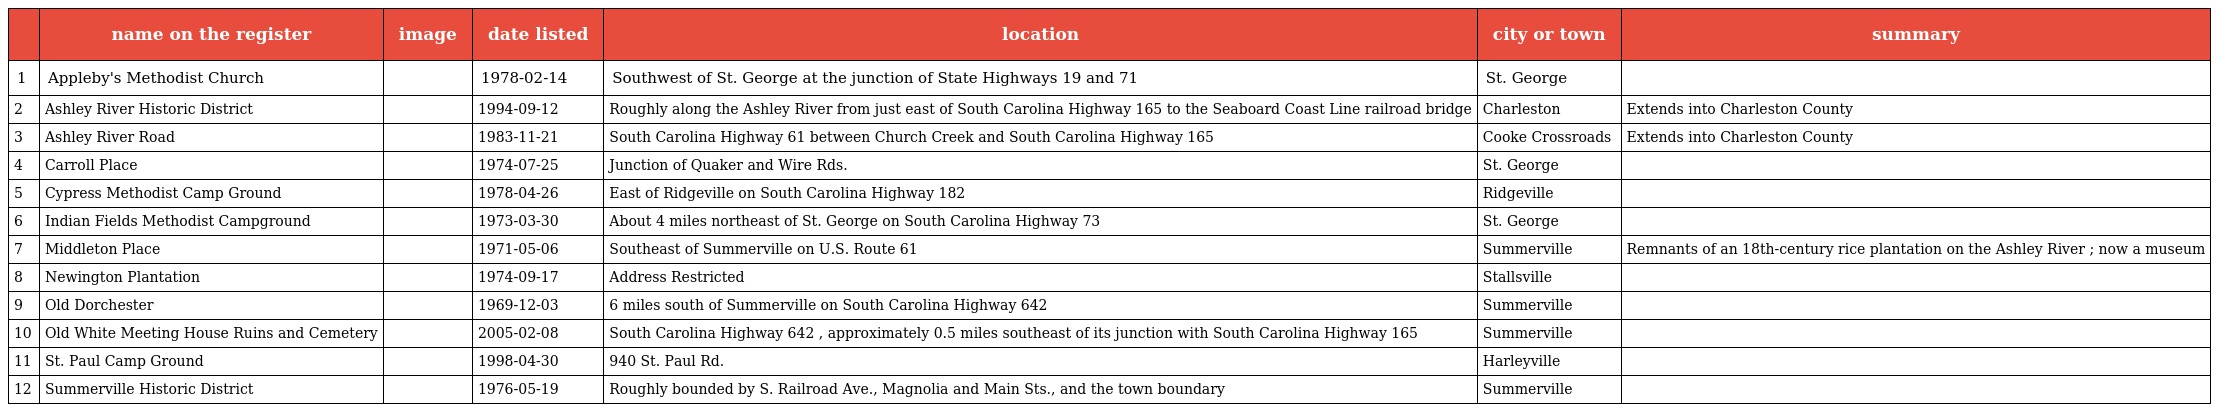
|  | name on the register | image | date listed | location | city or town | summary |
 | --- | --- | --- | --- | --- | --- | --- |
 | 1 | Appleby's Methodist Church |  | 1978-02-14 | Southwest of St. George at the junction of State Highways 19 and 71 | St. George |  |
 | 2 | Ashley River Historic District |  | 1994-09-12 | Roughly along the Ashley River from just east of South Carolina Highway 165 to the Seaboard Coast Line railroad bridge | Charleston | Extends into Charleston County |
 | 3 | Ashley River Road |  | 1983-11-21 | South Carolina Highway 61 between Church Creek and South Carolina Highway 165 | Cooke Crossroads | Extends into Charleston County |
 | 4 | Carroll Place |  | 1974-07-25 | Junction of Quaker and Wire Rds. | St. George |  |
 | 5 | Cypress Methodist Camp Ground |  | 1978-04-26 | East of Ridgeville on South Carolina Highway 182 | Ridgeville |  |
 | 6 | Indian Fields Methodist Campground |  | 1973-03-30 | About 4 miles northeast of St. George on South Carolina Highway 73 | St. George |  |
 | 7 | Middleton Place |  | 1971-05-06 | Southeast of Summerville on U.S. Route 61 | Summerville | Remnants of an 18th-century rice plantation on the Ashley River ; now a museum |
 | 8 | Newington Plantation |  | 1974-09-17 | Address Restricted | Stallsville |  |
 | 9 | Old Dorchester |  | 1969-12-03 | 6 miles south of Summerville on South Carolina Highway 642 | Summerville |  |
 | 10 | Old White Meeting House Ruins and Cemetery |  | 2005-02-08 | South Carolina Highway 642 , approximately 0.5 miles southeast of its junction with South Carolina Highway 165 | Summerville |  |
 | 11 | St. Paul Camp Ground |  | 1998-04-30 | 940 St. Paul Rd. | Harleyville |  |
 | 12 | Summerville Historic District |  | 1976-05-19 | Roughly bounded by S. Railroad Ave., Magnolia and Main Sts., and the town boundary | Summerville |  |